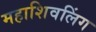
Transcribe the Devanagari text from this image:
महाशिवलिंग